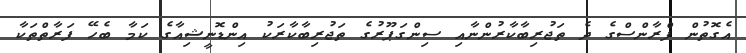
އެގޮތުން ފްރާންސްގެ ދެ ތަޖުރިބާކާރުންނާއި ސިންގަޕޫރުގެ ތަޖުރިބާކާރަކު އިންޑޮނީޝިއާގެ ކަމާ ބެހޭ ފަރާތްތަކާ